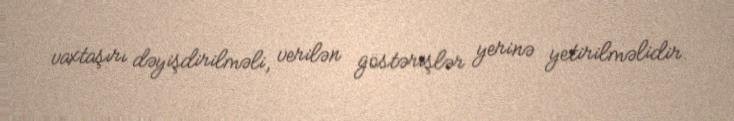
vaxtaşırı dəyişdirilməli, verilən göstərişlər yerinə yetirilməlidir.